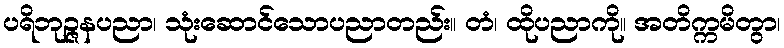
ပရိဘုဉ္ဇနပညာ၊ သုံးဆောင်သောပညာတည်း။ တံ၊ ထိုပညာကို။ အတိက္ကမိတွာ၊